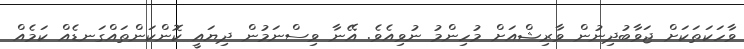
ވާހަކަތަކަށް ޖަވާބުދިނުން ވާރިޝްއަށް މުހިންމު ނުވިއެވެ. އޭނާ ވިސްނަމުން ދިޔައީ ކޮންކަންތައްގަނޑެއް ކަމެއް